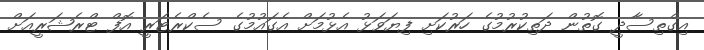
އިގްތިސާދީ ގޮތުން ދަތިކުރުމުގެ ހަރުކަށި ފިޔަވަޅު އެޅުމަށް އެގައުމުގެ ސެކްރެޓަރީ އޮފް ޓްރެޝަރީއަށް